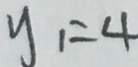
y _ { 1 } = 4